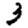
Digit: 3